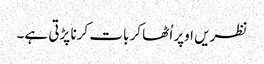
نظریں اوپر اُٹھا کر بات کرنا پڑتی ہے۔